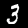
Digit: 3